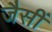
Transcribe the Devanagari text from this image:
जैसीं